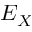
E _ { X }